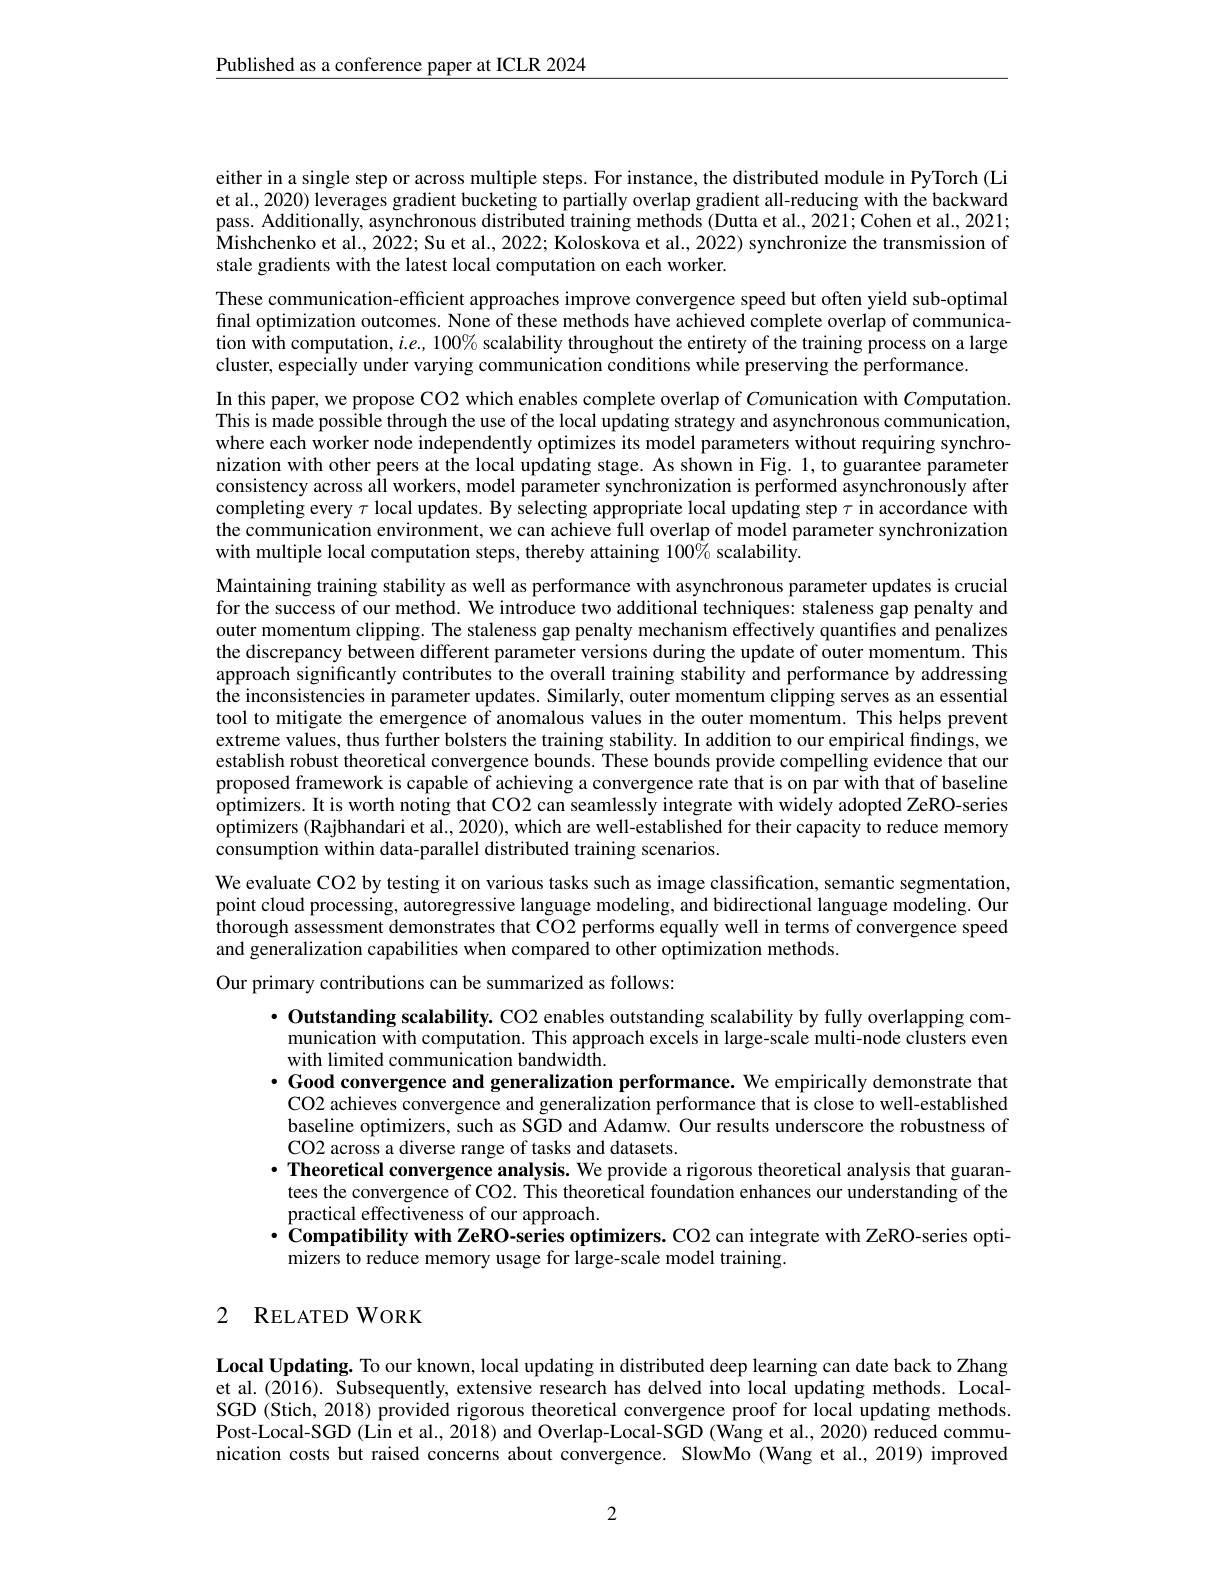
$\underline{\text{Published as a conference paper at ICLR 2024}}$

either in a single step or across multiple steps. For instance, the distributed module in PyTorch (Li et al., 2020) leverages gradient bucketing to partially overlap gradient all-reducing with the backward pass. Additionally, asynchronous distributed training methods (Dutta et al., 2021; Cohen et al., 2021; $\dot{\text{Mishchenko et al., 2022; Su et al., 2022; Koloskova et al., 2022) synchronize the transmission of}}$ stale gradients with the latest local computation on each worker.

These communication-efficient approaches improve convergence speed but often yield sub-optimal

final optimization outcomes. None of these methods have achieved complete overlap of communica-

tion with computation, $i.e.,100\%$ scalability throughout the entirety of the training process on a large

cluster, especially under varying communication conditions while preserving the performance.

In this paper, we propose CO2 which enables complete overlap of $Co$munication with $Co$mputation.

This is made possible through the use of the local updating strategy and asynchronous communication,

where each worker node independently optimizes its model parameters without requiring synchro-

nization with other peers at the local updating stage. As shown in Fig. 1, to guarantee parameter

consistency across all workers, model parameter synchronization is performed asynchronously after

completing every $\tau$ local updates. By selecting appropriate local updating step $\tau$ in accordance with

the communication environment, we can achieve full overlap of model parameter synchronization

with multiple local computation steps, thereby attaining 100% scalability.

Maintaining training stability as well as performance with asynchronous parameter updates is crucial

for the success of our method. We introduce two additional techniques: staleness gap penalty and

outer momentum clipping. The staleness gap penalty mechanism effectively quantifies and penalizes

the discrepancy between different parameter versions during the update of outer momentum. This

approach significantly contributes to the overall training stability and performance by addressing

the inconsistencies in parameter updates. Similarly, outer momentum clipping serves as an essential

tool to mitigate the emergence of anomalous values in the outer momentum. This helps prevent

extreme values, thus further bolsters the training stability. In addition to our empirical findings, we

establish robust theoretical convergence bounds. These bounds provide compelling evidence that our

proposed framework is capable of achieving a convergence rate that is on par with that of baseline

optimizers. It is worth noting that CO2 can seamlessly integrate with widely adopted ZeRO-series

optimizers (Rajbhandari et al., 2020), which are well-established for their capacity to reduce memory

consumption within data-parallel distributed training scenarios.

We evaluate CO2 by testing it on various tasks such as image classification, semantic segmentation, point cloud processing, autoregressive language modeling, and bidirectional language modeling. Our thorough assessment demonstrates that CO2 performs equally well in terms of convergence speed and generalization capabilities when compared to other optimization methods.

Our primary contributions can be summarized as follows:

$\cdot$ Outstanding scalability. CO2 enables outstanding scalability by fully overlapping com-
munication with computation. This approach excels in large-scale multi-node clusters even
with limited communication bandwidth.
· Good convergence and generalization performance. We empirically demonstrate that
CO2 achieves convergence and generalization performance that is close to well-established baseline optimizers, such as SGD and Adamw. Our results underscore the robustness of CO2 across a diverse range of tasks and datasets.
$\cdot$ Theoretical convergence analysis. We provide a rigorous theoretical analysis that guaran-
tees the convergence of CO2. This theoretical foundation enhances our understanding of the
practical effectiveness of our approach.
$\cdot$ Compatibility with ZeRO-series optimizers. CO2 can integrate with ZeRO-series opti-
mizers to reduce memory usage for large-scale model training.

## 2 RELATEDWORK

Local Updating. To our known, local updating in distributed deep learning can date back to Zhang et al. (2016). Subsequently, extensive research has delved into local updating methods. LocalSGD (Stich, 2018) provided rigorous theoretical convergence proof for local updating methods. Post-Local-SGD (Lin et al., 2018) and Overlap-Local-SGD (Wang et al., 2020) reduced communication costs but raised concerns about convergence. SlowMo (Wang et al., 2019) improved

2